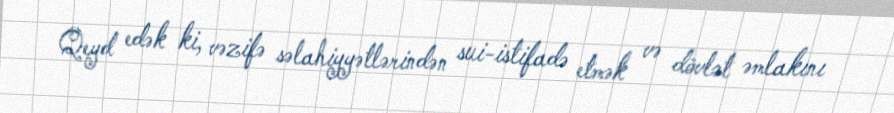
Qeyd edək ki, vəzifə səlahiyyətlərindən sui-istifadə etmək və dövlət əmlakını